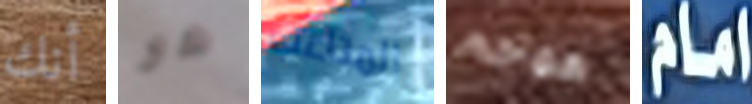
أنك هو المتاعب هوجم امام